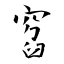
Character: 窞